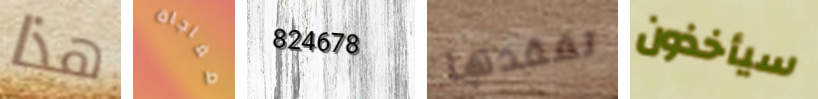
هذا مفاجاة 824678 تفقدها سيأخذون